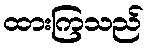
ထားကြသည်